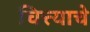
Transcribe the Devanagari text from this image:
चित्त्याचे